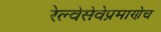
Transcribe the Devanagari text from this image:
रेल्वेसेवेप्रमाणेच